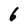
Character: 6